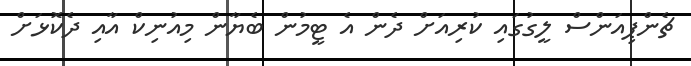
ޗެންޕިއަންސް ލީގުގައި ކުރިއަށް ދެން އެ ޓީމުން ބެޔާން މިއުނިކް އާއި ދެކޮޅަށް